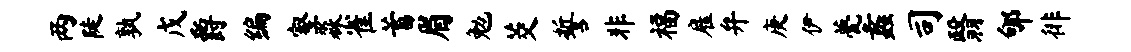
两陡孰戊爵编壑淼雀蓄眉勉茭誓非福雇弁庚伊甍蠡司翳郇徘